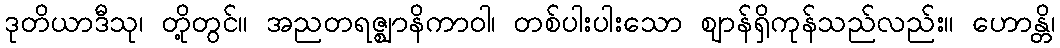
ဒုတိယာဒီသု၊ တို့တွင်။ အညတရဇ္ဈာနိကာဝါ၊ တစ်ပါးပါးသော ဈာန်ရှိကုန်သည်လည်း။ ဟောန္တိ၊